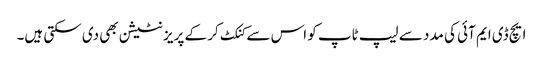
ایچ ڈی ایم آئی کی مدد سے لیپ ٹاپ کو اس سے کنکٹ کر کے پریزنٹیشن بھی دی سکتی ہیں۔